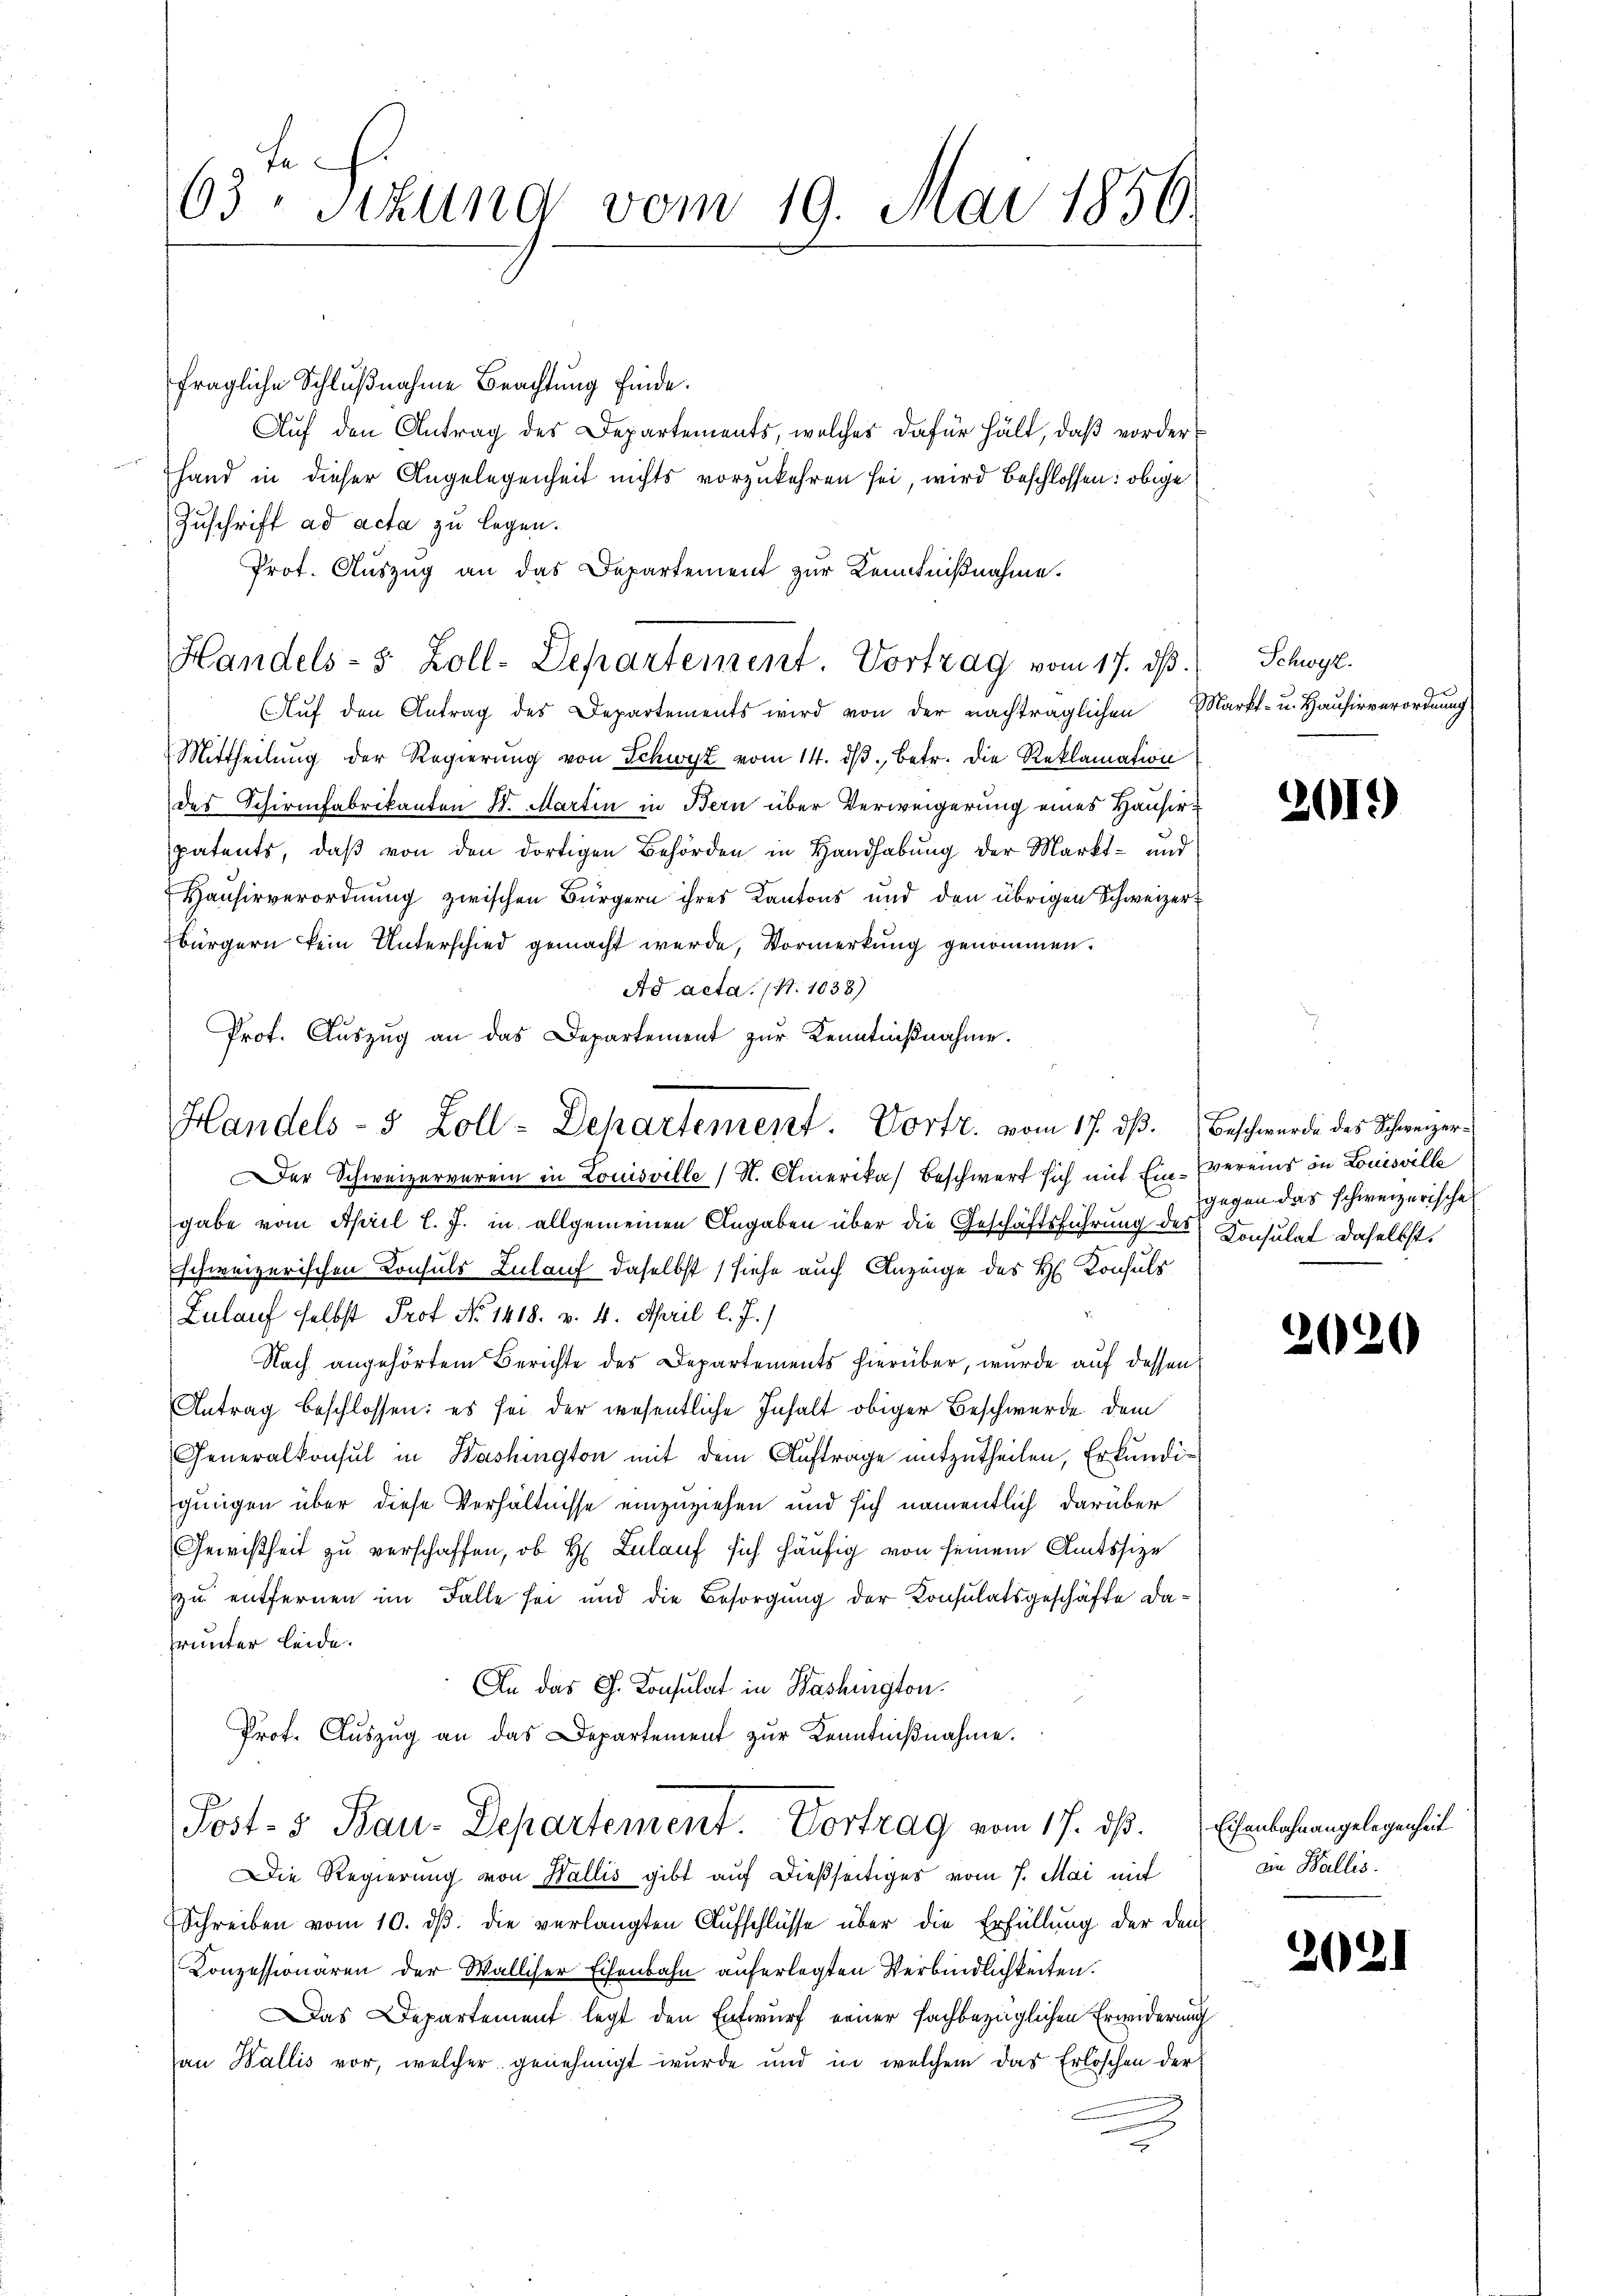
63. Sitzung vom 19. Mai 1856.

fragliche Schlußnahme Beachtung finde.
Auf den Antrag des Departements, welches dafür hält, daß vorder¬
Hand in dieser Angelegenheit nichts vorzukehren sei, wird beschlossen: obige
Zuschrift ad acta zu legen.
Prot. Auszug an das Departement zur Kenntnißnahme.
Handels- u. Zoll-Departement. Vortrag vom 17. ds.
AAŭf den Antrag des Departements wird von der nachträglichen Markt- u. Hausirverordnung
Mittheilung der Regierung von Schwyz vom 14. ds., betr. die Reklamation
des Schirmfabrikanton St. Martin in Bern über Verweigerung eines Hausirpatents, daβ von den dortigen Behörden in Handhabung der Markt- und
Hausirverordnung zwischen Bürgern ihres Kantons und den übrigen Schweizerbürgern kein Unterschied gemacht werde, Vormerkung genommen.
Ad acta. (S. 1038)
Prot. Aŭszŭg an das Departement zŭr Kenntnißnahme.

Handels- 5 Zoll-Departement. Vortr. vom 17. ds.

er Schweizerverein in Louisville (N. Amerika) Beschwert sich mit Ein- Vereins in Louisville
gabe vom April l. J. in allgemeinen Angaben über die Geschäftsführung des Konsulat daselbst
schweizerischen Konsuls Zulauf daselbst (siehe auch Anzeige des H. Konsuls
Zulauf selbst Prof. No 1418. v. 4. April l. J.)
Nach angehörtem Berichte des Departements hierüber, wurde auf dessen
Antrag beschlossen: es sei der wesentliche Inhalt obiger Beschwerde dem
Generalkonsul in Washington mit dem Auftrage mitzutheilen, Erkundigungen über diese Verhältnisse einzuziehen und sich namentlich darüber
Gewißheit zu verschaffen, ob Hr. Zulauf sich häufig von seinem Amtssize
zu entfernen im Falle sei und die Besorgung der Konsulatsgeschäfte darunter leide.
An das G. Konsulat in Washington.
Prot. Aŭszŭg an das Departement zŭr Kenntniβnahme.
Post- & Bau-Departement. Vortrag vom 17. ds.
Die Regierung von Wallis gibt auf dießseitiges vom 7. Mai mit
Schreiben vom 10. dβ. die verlangten Aufschlüsse über die Erfüllung der dem
Conzessionären der Walliser Eisenbahn auferlegten Verbindlichkeiten.
Das Departement legt den Entwurf einer fachbezüglichen Erwiderung
an Wallis vor, welcher genehmigt wurde und in welchem das Erlöschen der
2

Schweiz.

2019

Beschwurde des Schweizergegen das schweizerische

2020

Eisenbahnangelegenheit
iin Wallis.

2021